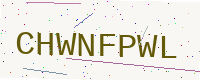
Text: CHWNFPWL